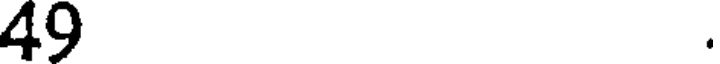
49 .